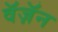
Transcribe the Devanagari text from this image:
वॅज़ॅन